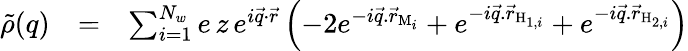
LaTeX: \begin{array}{rlr}{\tilde{\rho}(q)}&{=}&{\sum_{i=1}^{N_{w}}e\, z\, e^{i\vec{q}\cdot\vec{r}}\left(-2e^{-i\vec{q}.\vec{r}_{\mathrm{M}_{i}}}+e^{-i\vec{q}.\vec{r}_{\mathrm{H}_{1,i}}}+e^{-i\vec{q}.\vec{r}_{\mathrm{H}_{2,i}}}\right)}\end{array}